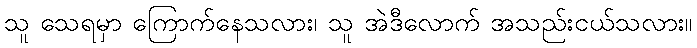
သူ သေရမှာ ကြောက်နေသလား၊ သူ အဲဒီလောက် အသည်းငယ်သလား။